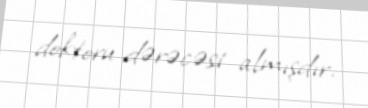
doktoru dərəcəsi almışdır.